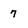
Character: 7